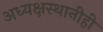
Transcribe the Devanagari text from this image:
अध्यक्षस्थानीही